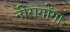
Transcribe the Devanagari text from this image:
नीरागोंगा